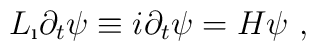
L_{\i} \partial_t \psi \equiv i \partial_t \psi = H \psi~,